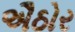
ઐઠોર